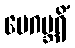
ဗေဂဗ္ဘရိံ